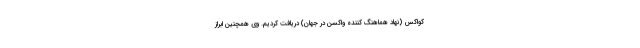
کواکس (نهاد هماهنگ کننده واکسن در جهان) دریافت کردیم. وی همچنین ابراز